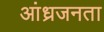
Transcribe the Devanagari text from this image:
आंध्रजनता